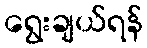
ရွေးချယ်ရန်